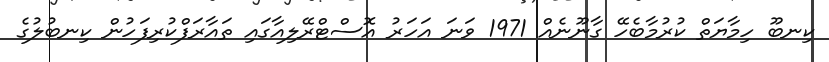
ކިނބޫ ހިމާޔަތް ކުރުމާބެހޭ ގާނޫނެއް 1971 ވަނަ އަހަރު އޮސްޓްރޭލިއާގައި ތައާރަފްކުރިފަހުން ކިނބުލުގެ